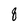
Character: 8